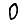
Digit: 0